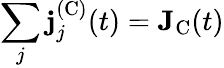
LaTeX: \sum_{j}\mathbf{j}_{j}^{(\textrm{C})}(t)=\mathbf{J}_{\textrm{C}}(t)